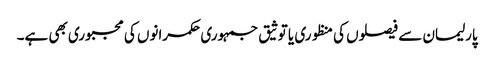
پارلیمان سے فیصلوں کی منظوری یا توثیق جمہوری حکمرانوں کی مجبوری بھی ہے۔